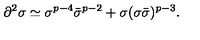
\partial ^ { 2 } \sigma \simeq \sigma ^ { p - 4 } \bar { \sigma } ^ { p - 2 } + \sigma ( \sigma \bar { \sigma } ) ^ { p - 3 } .